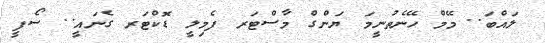
ލައްބަ.. މޭމް ހޭނެތުނީމަ ޔަންގް މާސްޓަރ ފެމިލީ ޑޮކްޓަރ ގެނައީ.. ސޯފީ